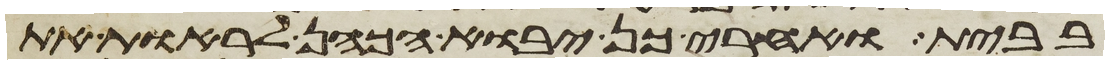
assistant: בבית ואחרי כן יבוא הכהן לראות את